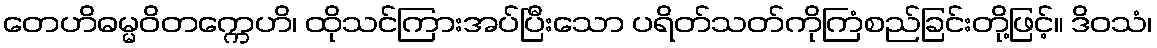
တေဟိဓမ္မဝိတက္ကေဟိ၊ ထိုသင်ကြားအပ်ပြီးသော ပရိတ်သတ်ကိုကြံစည်ခြင်းတို့ဖြင့်။ ဒိဝသံ၊